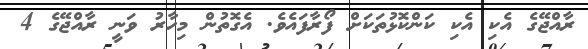
ރާއްޖޭގެ އެކި އެކި ކަންކޮޅުތަކަށް ފޯރާފައެވެ. އެގޮތުން މިހާރު ވަނީ ރާއްޖޭގެ 4